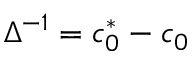
\Delta ^ { - 1 } = c _ { 0 } ^ { * } - c _ { 0 }